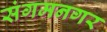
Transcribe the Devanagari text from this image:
संगमनगर